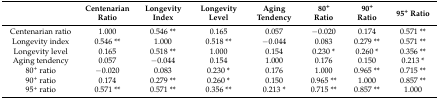
<table><thead><tr><td></td><td><b>Centenarian Ratio</b></td><td><b>Longevity Index</b></td><td><b>Longevity Level</b></td><td><b>Aging Tendency</b></td><td><b>80<sup>+</sup> Ratio</b></td><td><b>90<sup>+</sup> Ratio</b></td><td><b>95<sup>+</sup> Ratio</b></td></tr></thead><tbody><tr><td>Centenarian ratio</td><td>1.000</td><td>0.546 **</td><td>0.165</td><td>0.057</td><td>−0.020</td><td>0.174</td><td>0.571 **</td></tr><tr><td>Longevity index</td><td>0.546 **</td><td>1.000</td><td>0.518 **</td><td>−0.044</td><td>0.083</td><td>0.279 **</td><td>0.571 **</td></tr><tr><td>Longevity level</td><td>0.165</td><td>0.518 **</td><td>1.000</td><td>0.154</td><td>0.230 *</td><td>0.260 *</td><td>0.356 **</td></tr><tr><td>Aging tendency</td><td>0.057</td><td>−0.044</td><td>0.154</td><td>1.000</td><td>0.176</td><td>0.150</td><td>0.213 *</td></tr><tr><td>80<sup>+</sup> ratio</td><td>−0.020</td><td>0.083</td><td>0.230 *</td><td>0.176</td><td>1.000</td><td>0.965 **</td><td>0.715 **</td></tr><tr><td>90<sup>+</sup> ratio</td><td>0.174</td><td>0.279 **</td><td>0.260 *</td><td>0.150</td><td>0.965 **</td><td>1.000</td><td>0.857 **</td></tr><tr><td>95<sup>+</sup> ratio</td><td>0.571 **</td><td>0.571 **</td><td>0.356 **</td><td>0.213 *</td><td>0.715 **</td><td>0.857 **</td><td>1.000</td></tr></tbody></table>